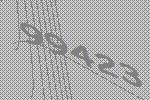
99423